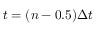
t = ( n - 0 . 5 ) \Delta t